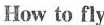
How to fly